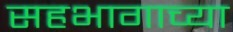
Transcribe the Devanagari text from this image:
सहभागाच्या